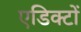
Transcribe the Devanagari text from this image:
एडिक्टों